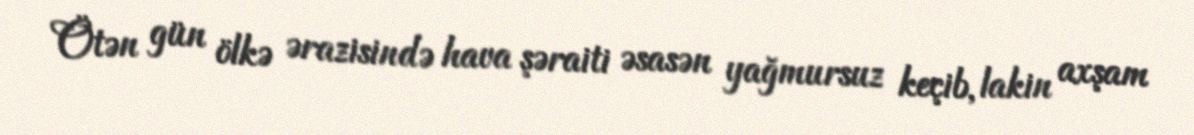
Ötən gün ölkə ərazisində hava şəraiti əsasən yağmursuz keçib, lakin axşam